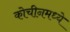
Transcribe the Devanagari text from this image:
कोचीनमध्ये